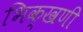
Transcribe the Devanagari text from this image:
भिक्खणी